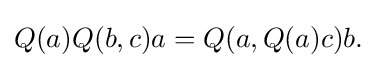
\displaystyle {Q(a)Q(b,c)a=Q(a,Q(a)c)b.}